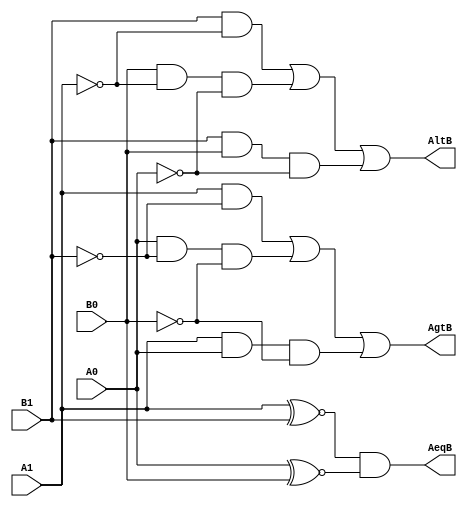
module comp2bit
(input A1,A0,B1,B0,
output AeqB,AgtB,AltB);

assign AeqB = (A1~^B1)&(A0~^B0);
assign AgtB = (A1&~B1)|(A0&~B1&~B0)|(A1&A0&~B0);
assign AltB = (B1&~A1)|(B0&~A1&~A0)|(B1&B0&~A0);

endmodule